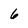
Character: 6